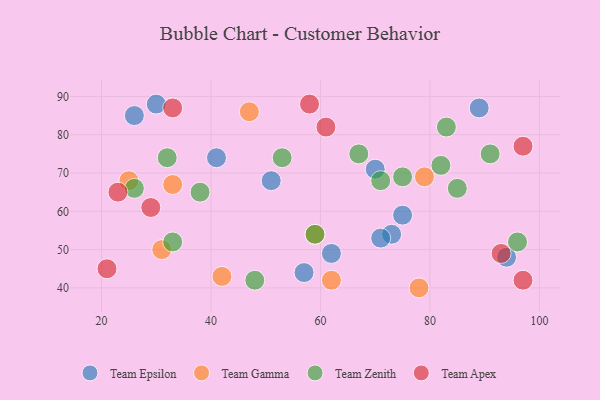
{"axis": {"x": "GDP", "y": "Life Expectancy"}, "legend": ["Team Apex", "Team Epsilon", "Team Gamma", "Team Zenith"], "data": [{"x": "75", "y": 59, "type": "Team Epsilon"}, {"x": "51", "y": 68, "type": "Team Epsilon"}, {"x": "73", "y": 54, "type": "Team Epsilon"}, {"x": "70", "y": 71, "type": "Team Epsilon"}, {"x": "71", "y": 53, "type": "Team Epsilon"}, {"x": "89", "y": 87, "type": "Team Epsilon"}, {"x": "62", "y": 49, "type": "Team Epsilon"}, {"x": "57", "y": 44, "type": "Team Epsilon"}, {"x": "41", "y": 74, "type": "Team Epsilon"}, {"x": "26", "y": 85, "type": "Team Epsilon"}, {"x": "94", "y": 48, "type": "Team Epsilon"}, {"x": "30", "y": 88, "type": "Team Epsilon"}, {"x": "31", "y": 50, "type": "Team Gamma"}, {"x": "42", "y": 43, "type": "Team Gamma"}, {"x": "62", "y": 42, "type": "Team Gamma"}, {"x": "25", "y": 68, "type": "Team Gamma"}, {"x": "33", "y": 67, "type": "Team Gamma"}, {"x": "47", "y": 86, "type": "Team Gamma"}, {"x": "78", "y": 40, "type": "Team Gamma"}, {"x": "79", "y": 69, "type": "Team Gamma"}, {"x": "59", "y": 54, "type": "Team Gamma"}, {"x": "85", "y": 66, "type": "Team Zenith"}, {"x": "59", "y": 54, "type": "Team Zenith"}, {"x": "82", "y": 72, "type": "Team Zenith"}, {"x": "48", "y": 42, "type": "Team Zenith"}, {"x": "38", "y": 65, "type": "Team Zenith"}, {"x": "32", "y": 74, "type": "Team Zenith"}, {"x": "91", "y": 75, "type": "Team Zenith"}, {"x": "26", "y": 66, "type": "Team Zenith"}, {"x": "83", "y": 82, "type": "Team Zenith"}, {"x": "71", "y": 68, "type": "Team Zenith"}, {"x": "53", "y": 74, "type": "Team Zenith"}, {"x": "75", "y": 69, "type": "Team Zenith"}, {"x": "96", "y": 52, "type": "Team Zenith"}, {"x": "67", "y": 75, "type": "Team Zenith"}, {"x": "33", "y": 52, "type": "Team Zenith"}, {"x": "33", "y": 87, "type": "Team Apex"}, {"x": "23", "y": 65, "type": "Team Apex"}, {"x": "61", "y": 82, "type": "Team Apex"}, {"x": "58", "y": 88, "type": "Team Apex"}, {"x": "29", "y": 61, "type": "Team Apex"}, {"x": "97", "y": 42, "type": "Team Apex"}, {"x": "97", "y": 77, "type": "Team Apex"}, {"x": "21", "y": 45, "type": "Team Apex"}, {"x": "93", "y": 49, "type": "Team Apex"}]}